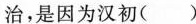
治，是因为汉初( )